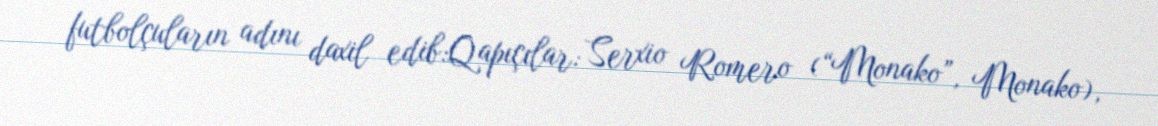
futbolçuların adını daxil edib:Qapıçılar: Serxio Romero (“Monako”, Monako),